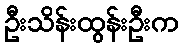
ဦးသိန်းထွန်းဦးက